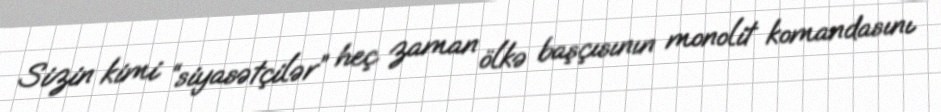
Sizin kimi “siyasətçilər” heç zaman ölkə başçısının monolit komandasını